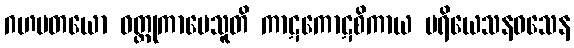
ဂဟပတယော ဝတ္ထုကာမေသူတိ ကာဋကောဋစိကာယ ပရိယေသနဝသေန